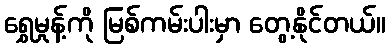
ရွှေမှုန့်ကို မြစ်ကမ်းပါးမှာ တွေ့နိုင်တယ်။